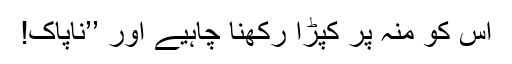
اُس کو منہ پر کپڑا رکھنا چاہیے اور ’’ناپاک!